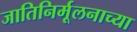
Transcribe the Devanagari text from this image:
जातिनिर्मूलनाच्या